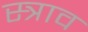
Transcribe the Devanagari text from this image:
स्‍त्राव